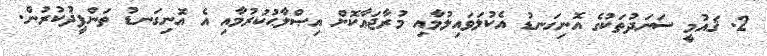
2. ޤައުމީ ސަނަދުތަކުގެ އޮނިގަނޑު އެކުލަވައިލުމާއި މުރާޖަޢާކޮށް އިޞްލާޙުކުރުމާއި އެ އޮނިގަނޑު ތަންފީޛުކުރުން.